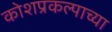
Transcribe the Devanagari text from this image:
कोशप्रकल्पाच्या